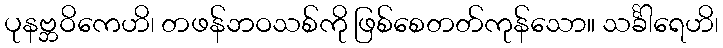
ပုနဗ္ဘဝိကေဟိ၊ တဖန်ဘဝသစ်ကို ဖြစ်စေတတ်ကုန်သော။ သင်္ခါရေဟိ၊